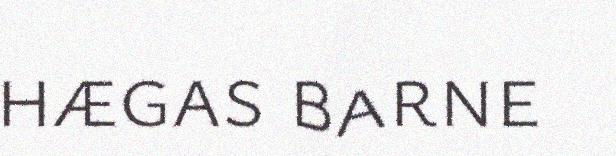
hægas barne